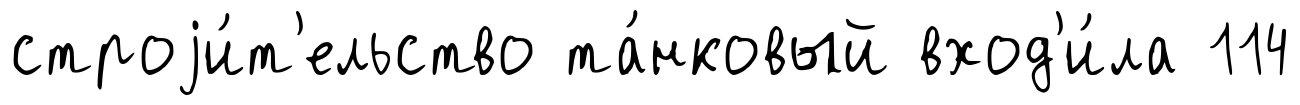
строjи́т'ельство та́нковый вход'и́ла 114